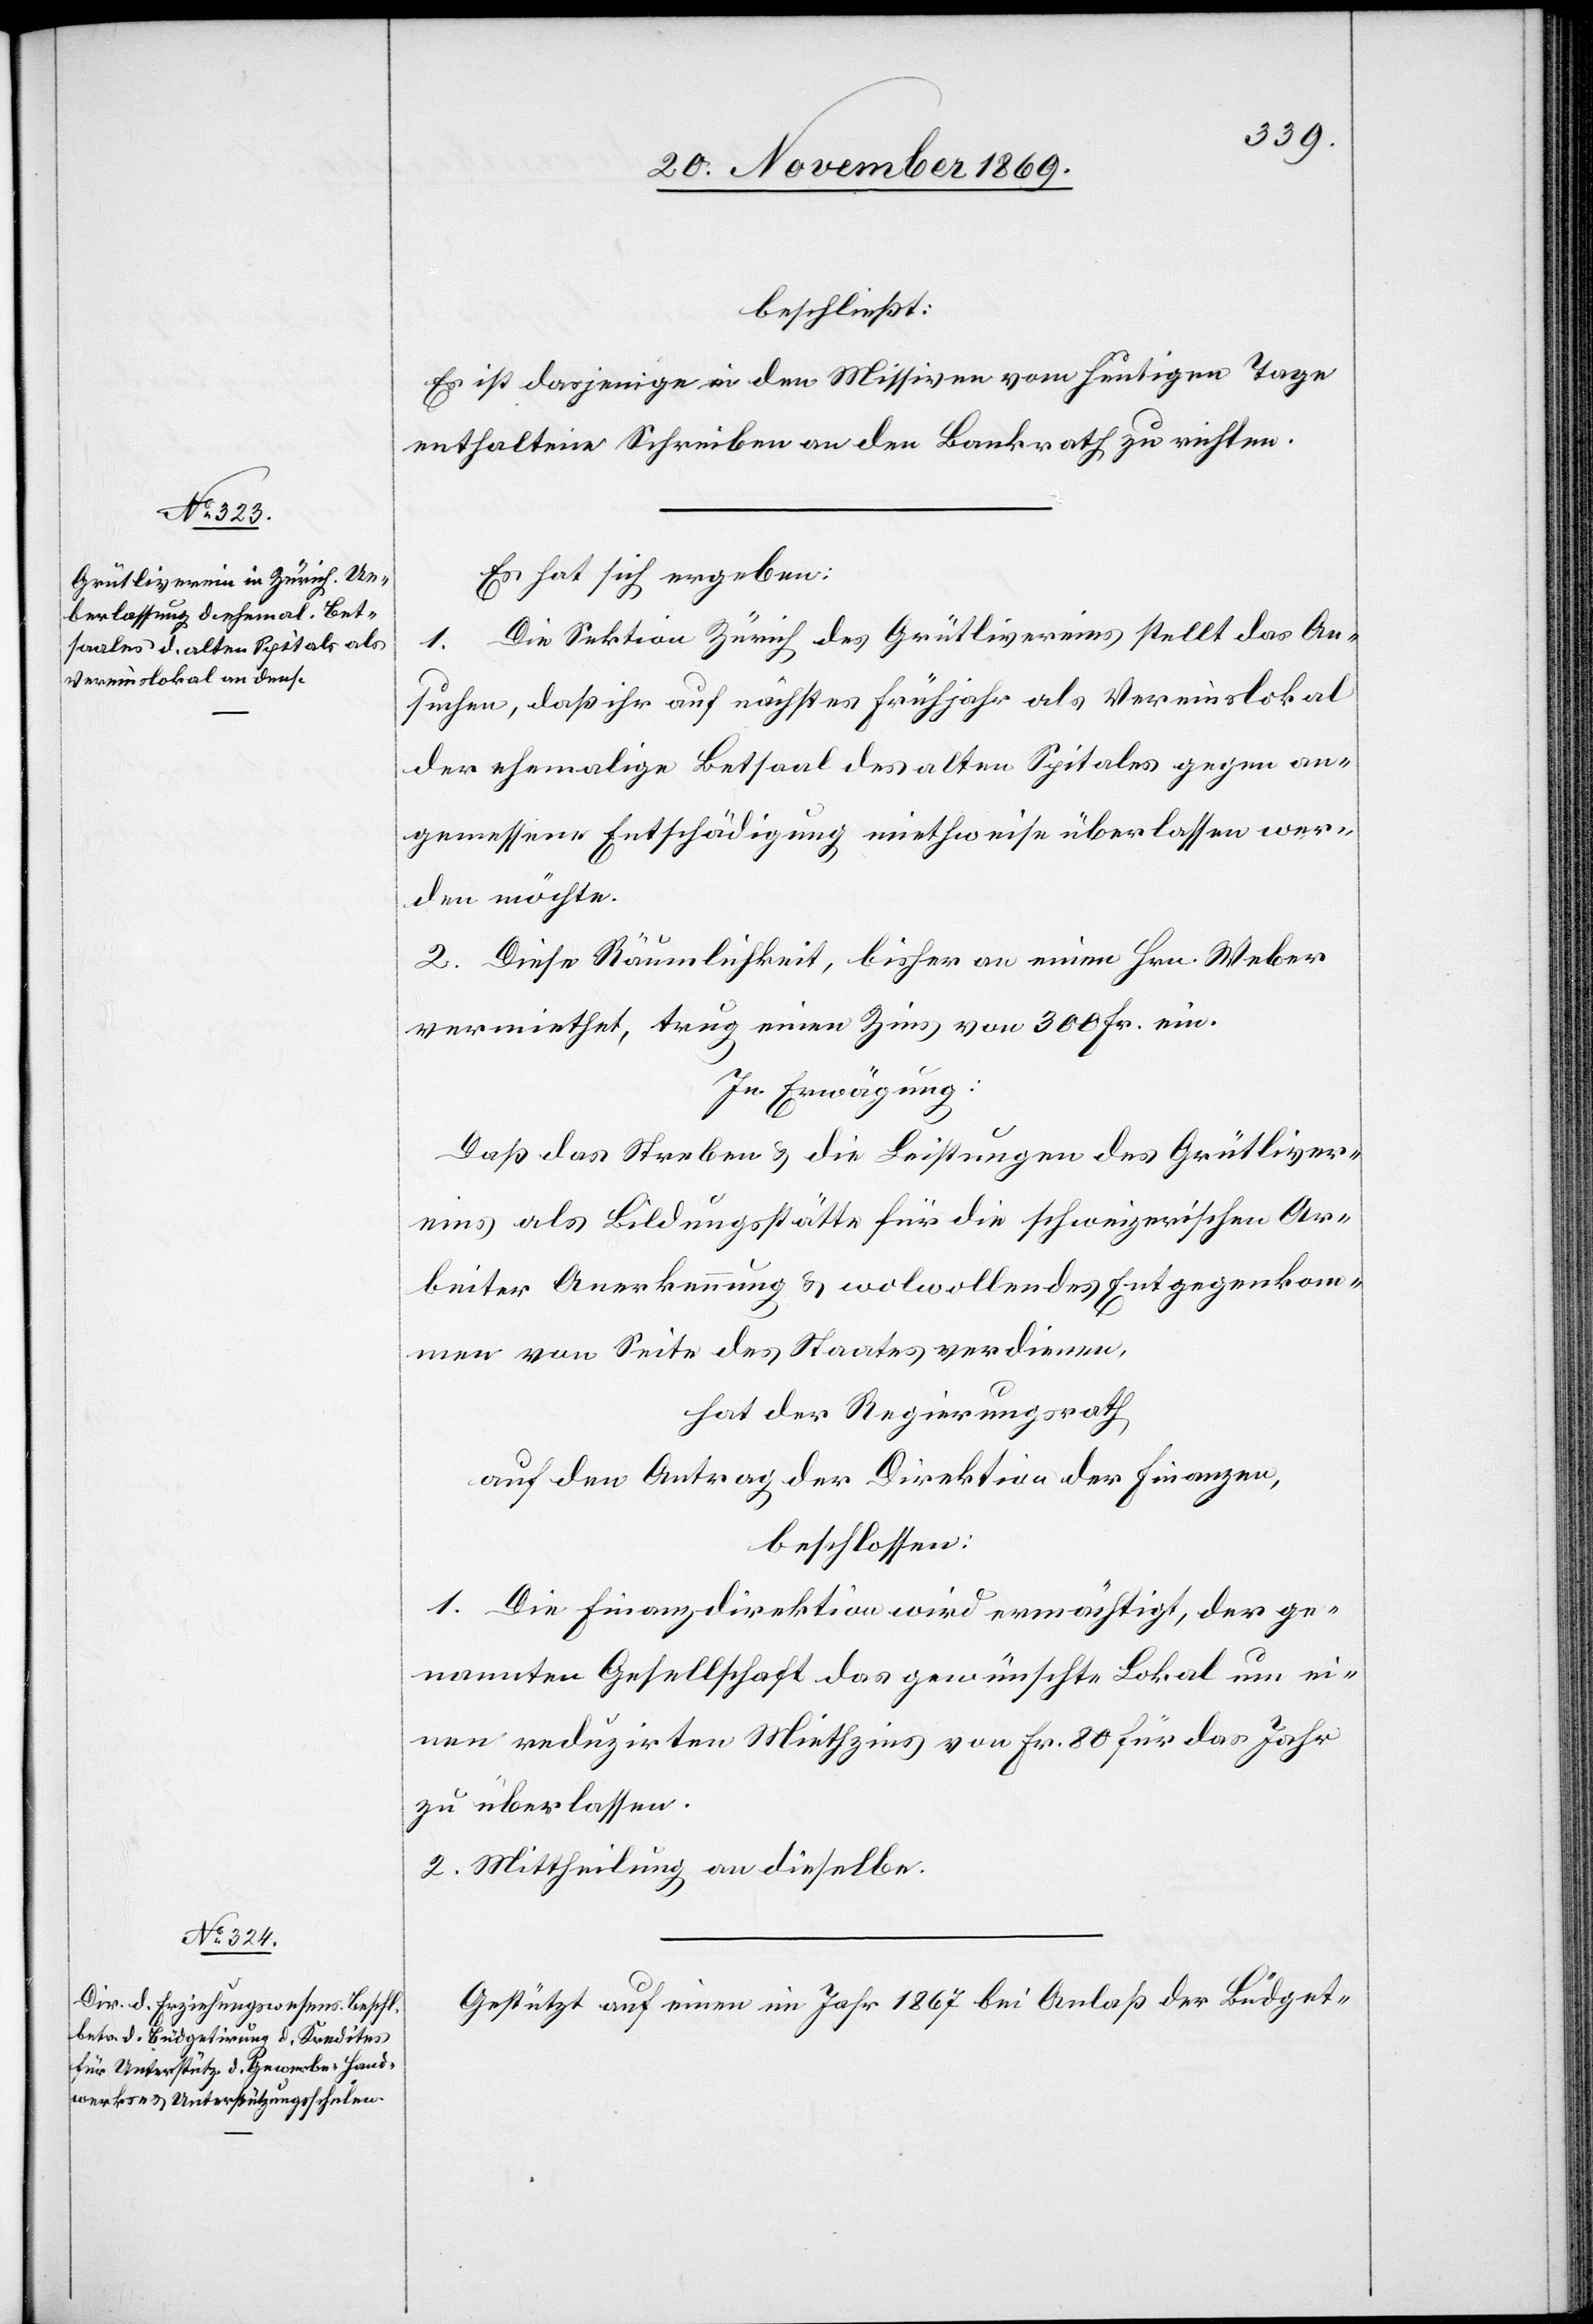
beschließt:
Es ist dasjenige in den Missiven vom heutigen Tage
enthaltene Schreiben an den Bankrath zu richten.
Es hat sich ergeben:
Die Sektion Zürich des Grütlivereins stellt das An¬
1.
suchen, daß ihr auf nächstes Frühjahr als Vereinslokal
der ehemalige Betsaal des alten Spitales gegen an¬
gemessene Entschädigung miethweise überlassen wer¬
den möchte.
2. Diese Räumlichkeit, bisher an einen Hrn. Weber
vermiethet, trug einen Zins von 300 Fr. ein.
In Erwägung:
Daß das Streben & die Leistungen des Grütliver¬
eins als Bildungsstätte für die schweizerischen Ar¬
beiter Anerkennung & wolwollendes Entgegenkom¬
men von Seite des Staates verdienen,
hat der Regierungsrath
auf den Antrag der Direktion der Finanzen,
beschlossen:
1. Die Finanzdirektion wird ermächtigt, der ge¬
nannten Gesellschaft das gewünschte Lokal um ei¬
nen reduzirten Miethzins von Fr. 80 für das Jahr
zu überlassen.
2. Mittheilung an dieselbe.
Gestützt auf einen im Jahr 1867 bei Anlaß der Büdget-